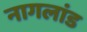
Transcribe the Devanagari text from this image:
नागलांड